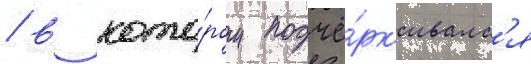
/ в кото́ром подчё́рк'ивалс'я